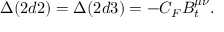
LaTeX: \Delta ( 2 d 2 ) = \Delta ( 2 d 3 ) = - C _ { F } B _ { t } ^ { \mu \nu } .